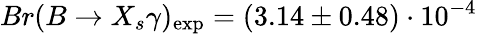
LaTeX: Br(B\to X_{s}\gamma)_{\mathrm{exp}}=(3.14\pm 0.48)\cdot 10^{-4}